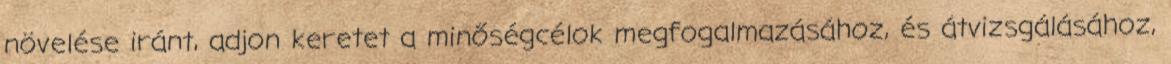
növelése iránt, adjon keretet a minőségcélok megfogalmazásához, és átvizsgálásához,